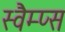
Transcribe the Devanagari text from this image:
स्वैम्प्स